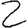
Digit: 2